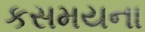
કસમયના